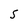
Character: 5